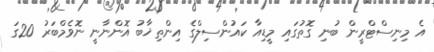
އެ މިނިސްޓްރީން ބުނި ގޮތުގައި މީޑިއާ ކައުންސިލްގެ އިންތިޚާބު އޮންނާނީ ނޮވެމްބަރު 20ގަ